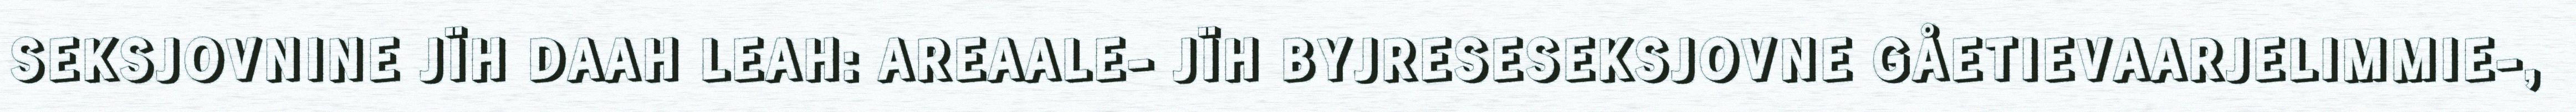
SEKSJOVNINE JÏH DAAH LEAH: AREAALE- JÏH BYJRESESEKSJOVNE GÅETIEVAARJELIMMIE-,